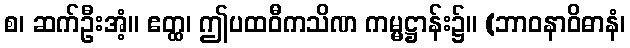
စ၊ ဆက်ဦးအံ့။ ဧတ္ထ၊ ဤပထဝီကသိဏ ကမ္မဋ္ဌာန်း၌။ (ဘာဝနာဝိဓာနံ၊